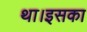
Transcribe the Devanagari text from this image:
था।इसका